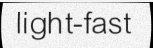
light-fast